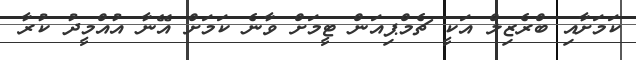
ކަމަށާއި ބްރެޒިލް އަކީ ޗެމްޕިއަން ޓީމަށް ވާނެ ކަމަށް އޭނާ އުއްމީދު ކުރާ